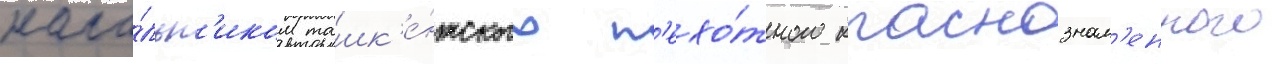
нача́льн'иком ташк'е́нтского п'ехо́тного краснознам'енного